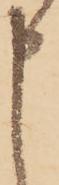
申